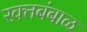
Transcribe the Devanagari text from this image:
रक्‍तबंबाळ